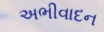
અભીવાદન